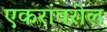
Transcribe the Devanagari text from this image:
एकरांवरील